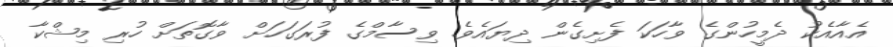
އެއާއެކު ދެމީހުންގެ ވާހަކަ ފެށިގެން ދިޔައެވެ. ވިސާމްގެ ފުރަގަހަށް ވާގޮތަށް ހުރި މިޝްކާ